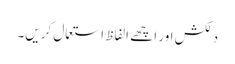
دلکش اور اچھے الفاظ استعمال کریں۔